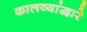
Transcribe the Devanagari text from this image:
कालव्यांद्वारे